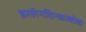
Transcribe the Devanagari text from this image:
इस्लेनदिन्काबोक